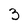
Character: 3